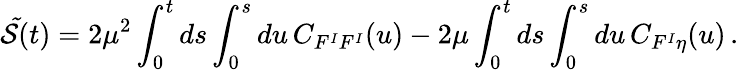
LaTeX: {\cal\tilde{S}}(t)=2\mu^{2}\int_{0}^{t}ds\int_{0}^{s}du\, C_{F^{I}F^{I}}(u)-2\mu\int_{0}^{t}ds\int_{0}^{s}du\, C_{F^{I}\eta}(u)\, .